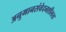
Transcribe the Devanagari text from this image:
अनुमानसंवेदनशीलता